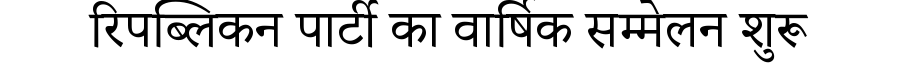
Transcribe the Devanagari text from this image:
रिपब्लिकन पार्टी का वार्षिक सम्मेलन शुरू